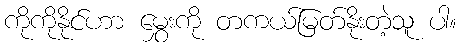
ကိုကိုနိုင်ဟာ မွှေးကို တကယ်မြတ်နိုးတဲ့သူ ပါ။